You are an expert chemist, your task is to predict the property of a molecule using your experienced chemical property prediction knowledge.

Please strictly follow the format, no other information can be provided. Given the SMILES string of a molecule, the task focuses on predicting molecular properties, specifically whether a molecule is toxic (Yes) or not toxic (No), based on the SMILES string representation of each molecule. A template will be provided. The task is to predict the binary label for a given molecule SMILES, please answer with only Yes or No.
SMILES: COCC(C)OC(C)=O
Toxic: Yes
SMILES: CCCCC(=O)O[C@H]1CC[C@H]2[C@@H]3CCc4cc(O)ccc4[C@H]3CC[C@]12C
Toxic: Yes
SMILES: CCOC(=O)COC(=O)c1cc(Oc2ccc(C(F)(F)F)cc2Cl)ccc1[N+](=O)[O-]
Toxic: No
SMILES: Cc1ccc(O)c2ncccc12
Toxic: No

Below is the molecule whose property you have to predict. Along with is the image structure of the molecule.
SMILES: OCCN(CCO)CCN(CCO)CCO
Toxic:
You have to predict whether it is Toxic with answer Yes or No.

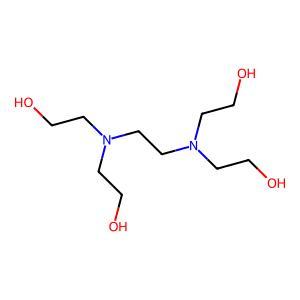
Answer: No